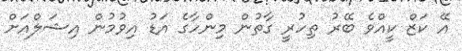
އޭ ކަޒް ކީއްވެ ބޭރު ތިހުރީ ގާތުން މިންހާގެ އަޑު އިވުމުން އިޝަލްއަށް